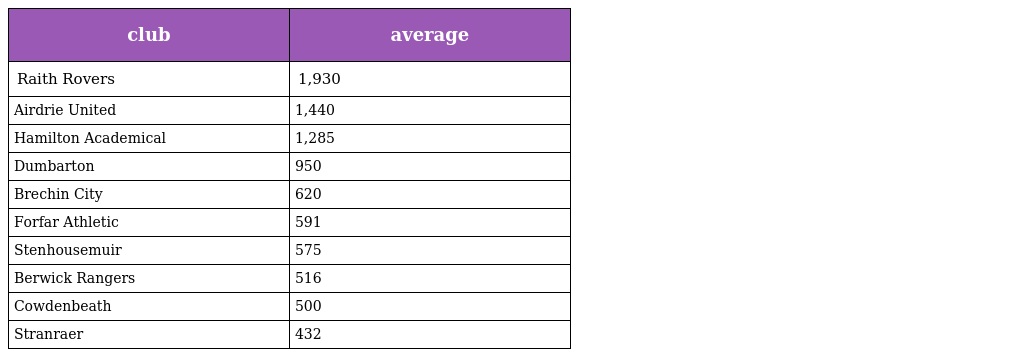
| club | average |
 | --- | --- |
 | Raith Rovers | 1,930 |
 | Airdrie United | 1,440 |
 | Hamilton Academical | 1,285 |
 | Dumbarton | 950 |
 | Brechin City | 620 |
 | Forfar Athletic | 591 |
 | Stenhousemuir | 575 |
 | Berwick Rangers | 516 |
 | Cowdenbeath | 500 |
 | Stranraer | 432 |